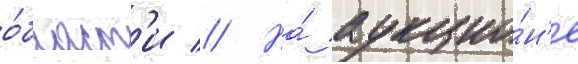
о́бласт'и // На́ аукцио́н'е